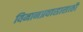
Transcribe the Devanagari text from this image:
विमानप्रवासासाठी